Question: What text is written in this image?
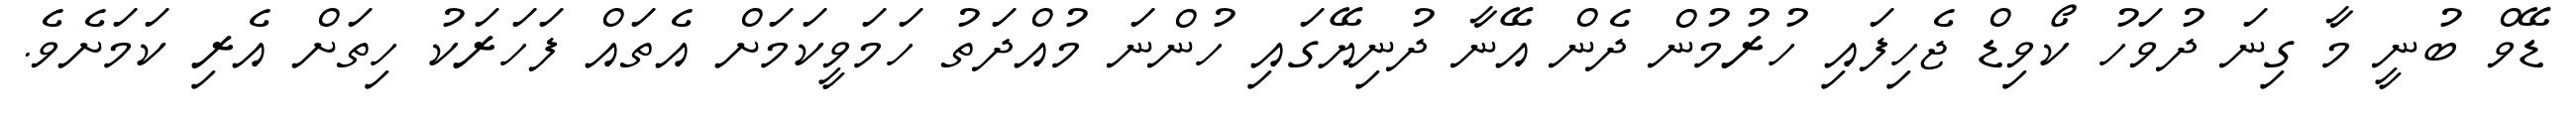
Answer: ޑޭވް ބުނީ މާ ގިނަ ދުވަހު ކޯވިޑް ޖެހިފައި ހުރުމުން ދެން އޭނާ ދުނިޔޭގައި ހުންނަ މުއްދަތު ހަމަވީކަމަށް އެތައް ފަހަރަކު ހިތަށް އެރި ކަމަށެވެ.